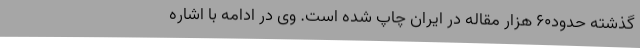
گذشته حدود60 هزار مقاله در ایران چاپ شده است. وی در ادامه با اشاره